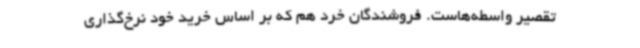
تقصیر واسطه‌هاست. فروشندگان خرد هم که بر اساس خرید خود نرخ‌گذاری